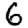
Digit: 6